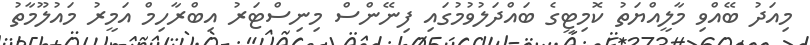
މިއަދު ބޭއްވި މާލީއްޔަތު ކޮމިޓީގެ ބައްދަލުވުމުގައި ފިނޭންސް މިނިސްޓަރު އިބްރާހިމް އަމީރު މައުލޫމާތު